Civil Veterinary Department Bihar & Orissa reports 1929-36 - 1929-1936
Year: 1929
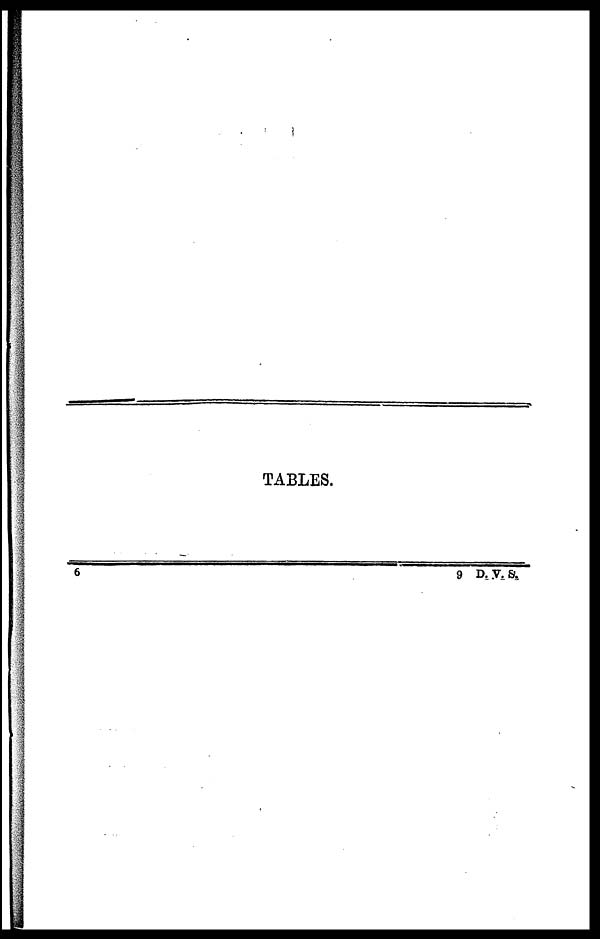
TABLES.
6
9 D. V. S.